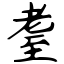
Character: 耋